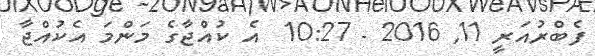
ފެބްރުއަރީ 11